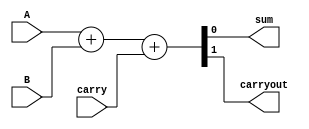
module full_adder_rtl(
    input A,
    input B,
    input carry,
    output sum,
    output carryout
);
assign {carryout,sum}=A+B+carry;
endmodule